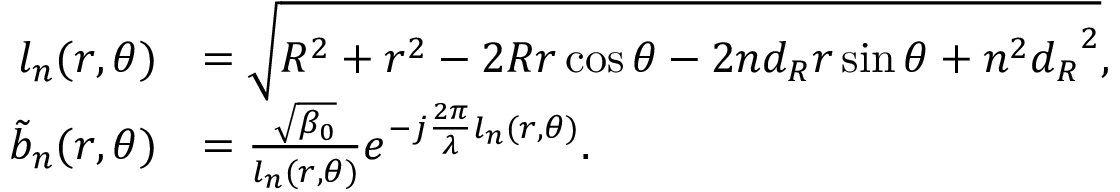
\begin{array} { r l } { \ { l _ { n } } ( { r , \theta } ) } & { = \sqrt { { R ^ { 2 } } + { r ^ { 2 } } - 2 R r \cos \theta - 2 n { d _ { R } } r \sin \theta + { n ^ { 2 } } { d _ { R } } ^ { 2 } } , } \\ { \ { \tilde { b } _ { n } } ( r , \theta ) } & { = \frac { { \sqrt { { \beta _ { 0 } } } } } { { { l _ { n } } ( r , \theta ) } } { e ^ { - j \frac { { 2 \pi } } { \lambda } { l _ { n } } ( r , \theta ) } } . } \end{array}